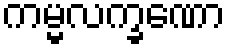
ကမ္မလက္ခဏော